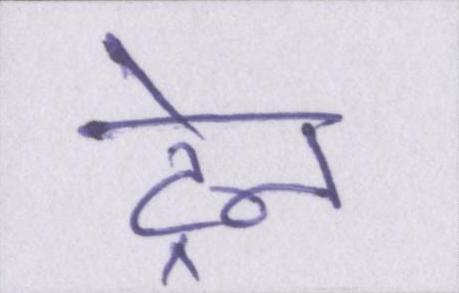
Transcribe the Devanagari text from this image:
ट्रेन